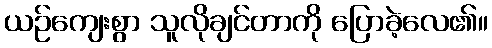
ယဉ်ကျေးစွာ သူလိုချင်တာကို ပြောခဲ့လေ၏။